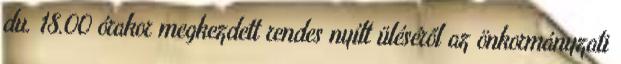
du. 18.00 órakor megkezdett rendes nyílt üléséről az önkormányzati